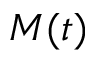
M ( t )